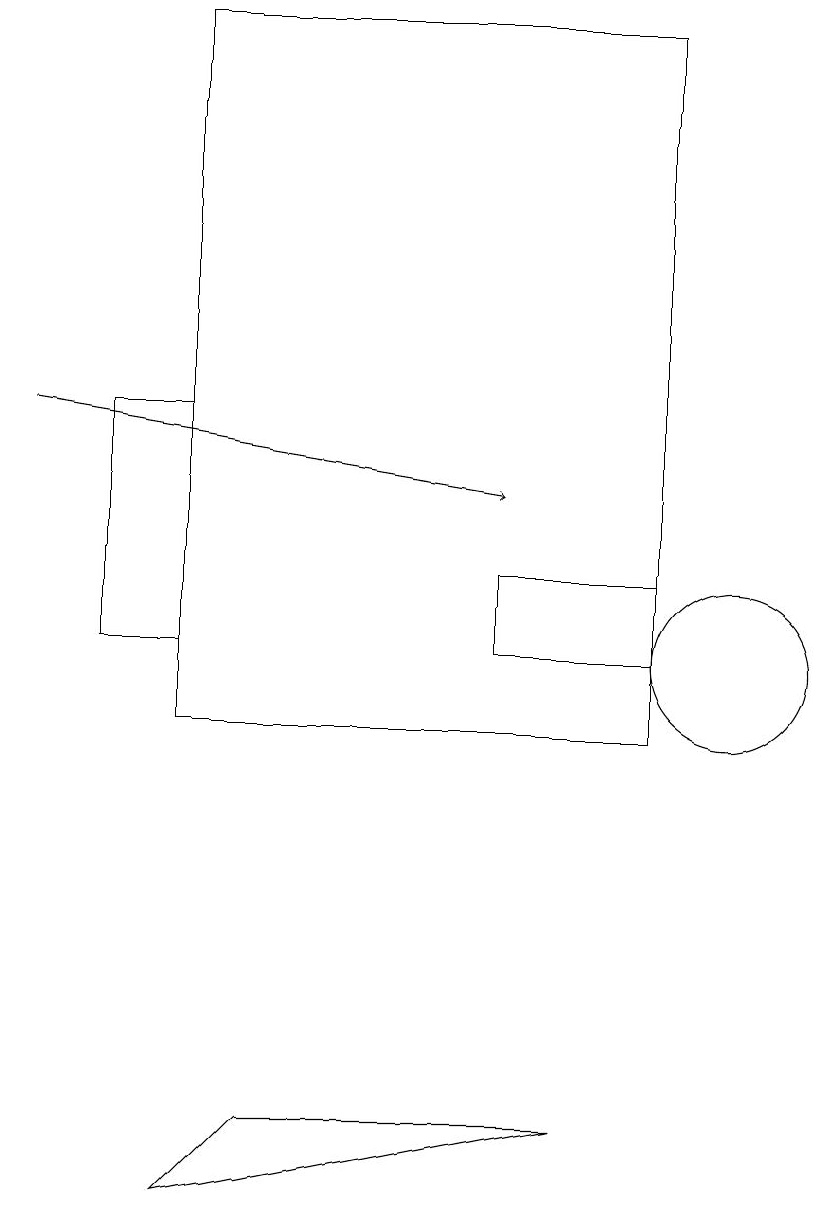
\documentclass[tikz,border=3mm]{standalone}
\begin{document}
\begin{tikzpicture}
\draw (3,14) rectangle (2,11);
\draw (3,4) -- (8,5) -- (4,5) -- cycle;
\draw[->] (1,14) -- (7,13);
\draw (10,11) circle (0);
\draw (9,12) rectangle (7,11);
\draw (3,10) rectangle (9,19);
\draw (10,11) circle (1);
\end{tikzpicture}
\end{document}